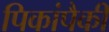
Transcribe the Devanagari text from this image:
पिकांपैकी